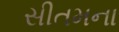
સીતમના